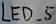
Text: LED_5